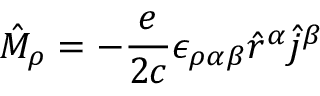
\hat { M } _ { \rho } = - \frac { e } { 2 c } \epsilon _ { \rho \alpha \beta } \hat { r } ^ { \alpha } \hat { j } ^ { \beta }